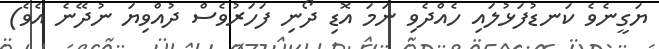
ޔަގީނެވެ ކަނޑުފަޅުލައި ހެއްދެވި ނަމަ އޮޑި ދޯނި ފަހަރުވެސް ދުއްވިޔަ ނުދޭނެ އެވެ)